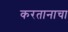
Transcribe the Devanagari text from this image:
करतानाचा